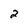
Character: 2